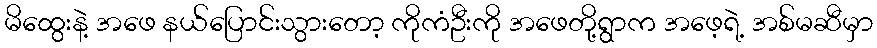
မိထွေးနဲ့ အဖေ နယ်ပြောင်းသွားတော့ ကိုကံဦးကို အဖေတို့ရွာက အဖေ့ရဲ့ အစ်မဆီမှာ